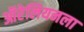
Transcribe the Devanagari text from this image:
ऑरेलियनला